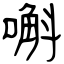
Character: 嘝